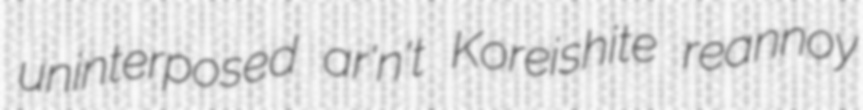
uninterposed ar'n't Koreishite reannoy